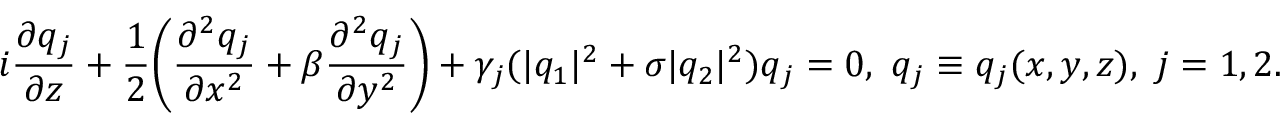
i \frac { \partial q _ { j } } { \partial z } + \frac { 1 } { 2 } \bigg ( \frac { \partial ^ { 2 } q _ { j } } { \partial x ^ { 2 } } + \beta \frac { \partial ^ { 2 } q _ { j } } { \partial y ^ { 2 } } \bigg ) + \gamma _ { j } ( \lvert q _ { 1 } \rvert ^ { 2 } + \sigma \lvert q _ { 2 } \rvert ^ { 2 } ) q _ { j } = 0 , ~ q _ { j } \equiv q _ { j } ( x , y , z ) , ~ j = 1 , 2 .